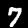
Label: 7